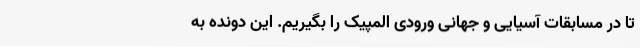
تا در مسابقات آسیایی و جهانی ورودی المپیک را بگیریم. این دونده به